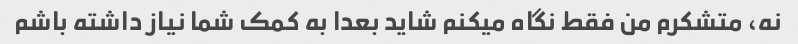
نه، متشکرم من فقط نگاه میکنم شاید بعدا به کمک شما نیاز داشته باشم